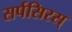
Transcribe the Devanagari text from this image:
सर्पसिरस्